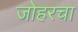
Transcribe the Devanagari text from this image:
जोहरचा